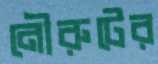
নৌরুটের